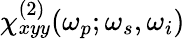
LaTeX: \chi_{xyy}^{(2)}(\omega_{p};\omega_{s},\omega_{i})